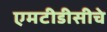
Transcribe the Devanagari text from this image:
एमटीडीसीचे